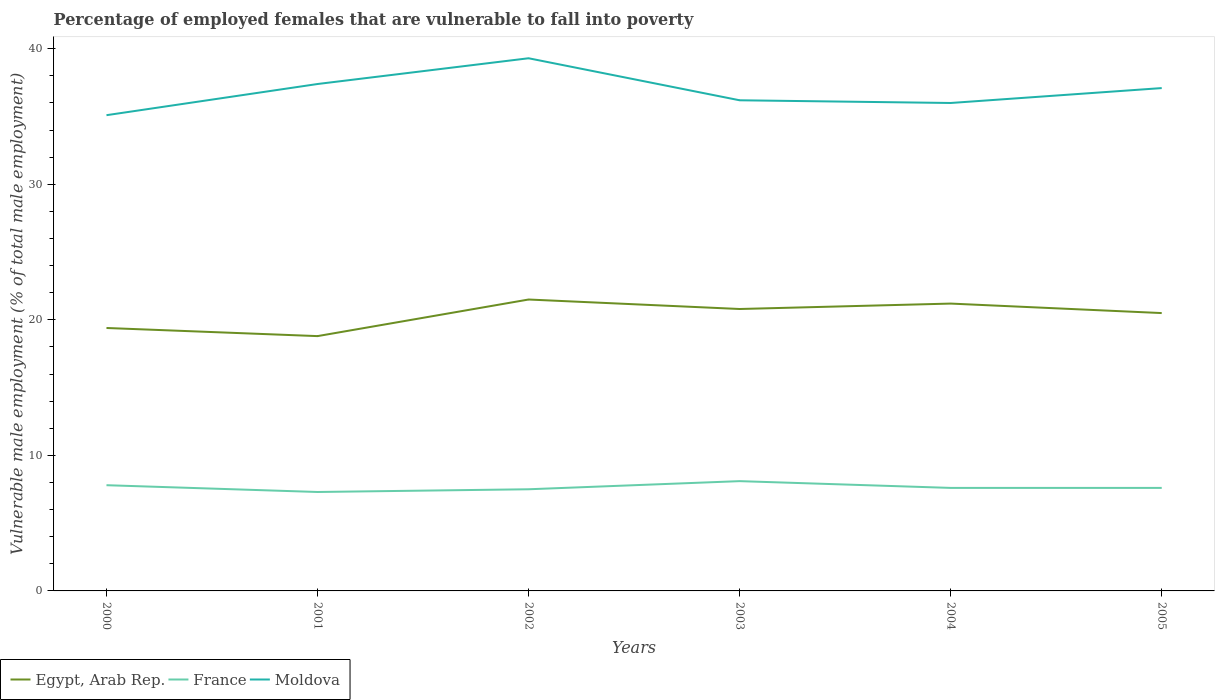
| Years | Egypt, Arab Rep. | France | Moldova |
 | --- | --- | --- | --- |
 | 2000 | 19.4 | 7.8 | 35.1 |
 | 2001 | 18.8 | 7.3 | 37.4 |
 | 2002 | 21.5 | 7.5 | 39.3 |
 | 2003 | 20.8 | 8.1 | 36.2 |
 | 2004 | 21.2 | 7.6 | 36 |
 | 2005 | 20.5 | 7.6 | 37.1 |